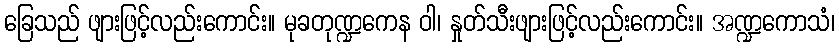
ခြေသည် ဖျားဖြင့်လည်းကောင်း။ မုခတုဏ္ဍကေန ဝါ၊ နှုတ်သီးဖျားဖြင့်လည်းကောင်း။ အဏ္ဍကောသံ၊